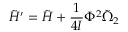
\tilde { H } ^ { \prime } = \tilde { H } + \frac { 1 } { 4 { \cal I } } \Phi ^ { 2 } \tilde { \Omega } _ { 2 }